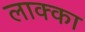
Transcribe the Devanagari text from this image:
लाक्का